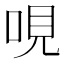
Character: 哯